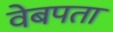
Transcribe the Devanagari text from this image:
वेबपता